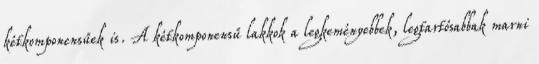
kétkomponensűek is. A kétkomponensű lakkok a legkeményebbek, legtartósabbak marni